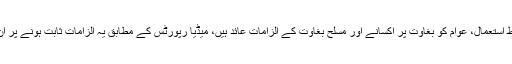
کیٹلونیا کے رہنماؤں پر قومی فنڈز کے غلط استعمال، عوام کو بغاوت پر اکسانے اور مسلح بغاوت کے الزامات عائد ہیں، میڈیا رپورٹس کے مطابق یہ الزامات ثابت ہونے پر ان رہنماؤں کو 30 سال کی قید ہوسکتی ہے۔